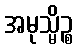
အမုသ္မိဉ္စ